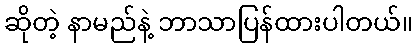
ဆိုတဲ့ နာမည်နဲ့ ဘာသာပြန်ထားပါတယ်။